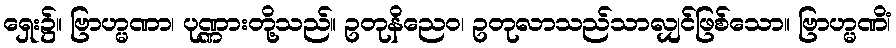
ရှေး၌။ ဗြာဟ္မဏာ၊ ပုဏ္ဏားတို့သည်။ ဥတုနိညေဝ၊ ဥတုလာသည်သာလျှင်ဖြစ်သော။ ဗြာဟ္မဏိံ၊